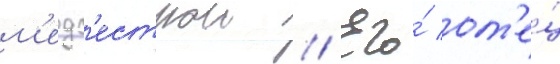
м'едс'естрои // Его́ от'е́ц